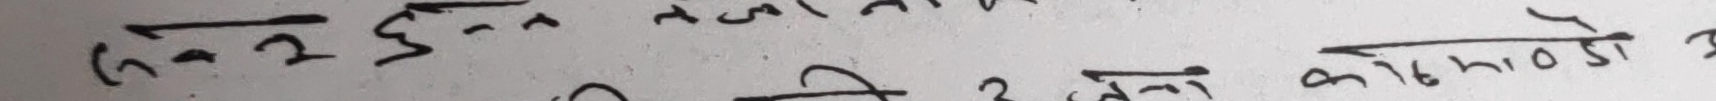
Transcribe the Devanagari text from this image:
सि नं २ छ दुई जनालाई कहीँ हामीलाई आज
सि छ ३ जनालाई कहीँ हाँसो आओस्